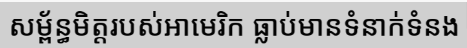
សម្ព័ន្ធមិត្តរបស់អាមេរិក ធ្លាប់មានទំនាក់ទំនង